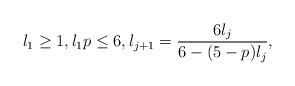
LaTeX: \begin{align*}l_{1} \geq 1, l_{1}p \leq 6, l_{j+1} = \frac{6 l_{j}}{6 - (5-p) l_{j} },\end{align*}